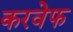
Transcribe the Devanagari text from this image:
करवेफ